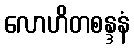
လောဟိတစန္ဒနံ